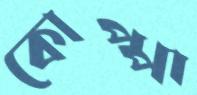
কোপ্পা